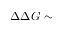
\Delta \Delta G \sim